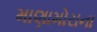
માણામોરાના